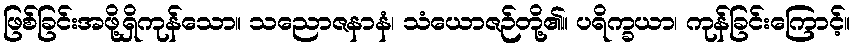
ဖြစ်ခြင်းအဖို့ရှိကုန်သော။ သညောဇနာနံ၊ သံယောဇဉ်တို့၏။ ပရိက္ခယာ၊ ကုန်ခြင်းကြောင့်။